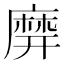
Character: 𪎙